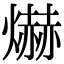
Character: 爀